Burma Government Medical School reports 1923-41
Year: 1923
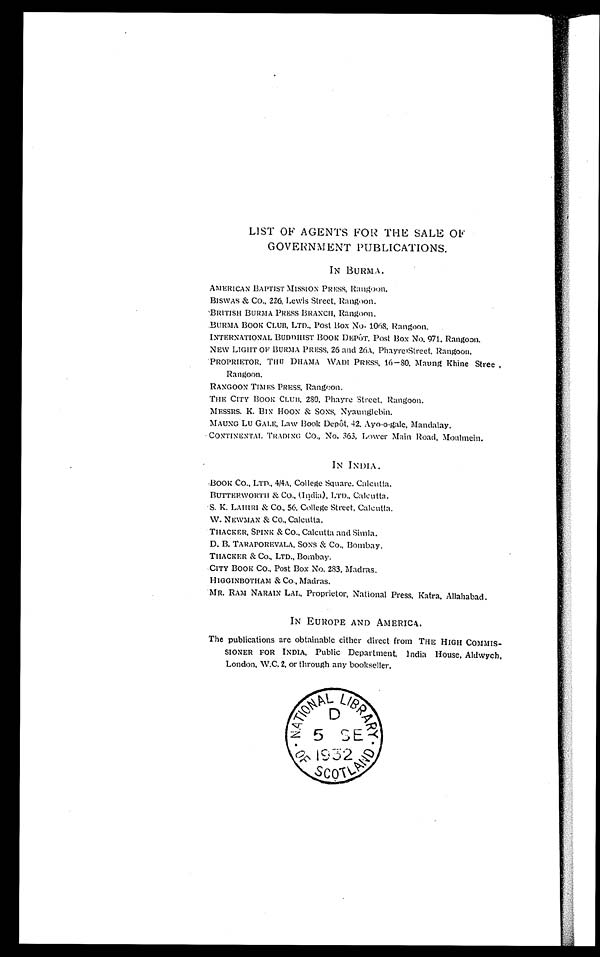
LIST OF AGENTS FOR THE SALE OF
GOVERNMENT PUBLICATIONS.
IN BURMA.
AMERI CAN BAPTI ST MI SSI ON PRESS, Ra n g o o n .
BISWAS & Co., 226, Lewis Street, Rangoon.
BRITISH BURMA PRESS BRANCH, Rangoon.
BURMA BOOK CLUB, LTD., Post Box No. 1068, Rangoon.
INTERNATIONAL BUDDHIST BOOK DEPÓT, Post Box No. 971. Rangoon.
NEW LIGHT OF BURMA PRESS, 26 and 26A, Phayre'Street, Rangoon.
PROPRIETOR, THU DHAMA WADI PRESS, 16—80. Maung Khine Stree
Rangoon.
RANGOON TIMES PRESS, Rangoon.
THE CITY BOOK CLUB, 280, Phayre Street, Rangoon.
MESSRS. K. BIN HOON & SONS, Nyaunglebin.
MAUNG LU GALE Law Book Depôt, 42. Ayo-o-gale, Mandalay.
CONTINENTAL TRADING Co., No. 363, Lower Main Road, Moulmein.
IN INDIA.
BOOK CO. , L T D. , 4 / 4 A, Co l l e g e S q u a r e , Ca l c u t t a .
BUTTERWORTH & Co., (India), LTD.,Calcutta.
S . K . L A H I R I & C O . , 5 6 , C o l l e g e S t r e e t , C a l c u t t a .
W. NEWMAN & CO., Calcutta.
THACKER, SPINK& CO., Calcutta and Simla.
D. B. TARAP OREVALA, S ONS & Co . , Bo mb a y .
THACKER & Co., LTD., Bombay.
C I T Y B OOK C O. , P o s t B o x No . 2 8 3 , Ma d r a s .
HI GGI NBOTHAM & Co . , Ma d r a s .
MR. RAM NARAIN LAL., Proprietor, National Press. Katra, Allahabad.
IN EUROPE AND AMERICA.
The publications are obtainable either direct from THE HIGH COMMIS-
SIONER FOR INDIA, Public Department, India House, Aldwych,
London, W.C. 2, or through any bookseller.